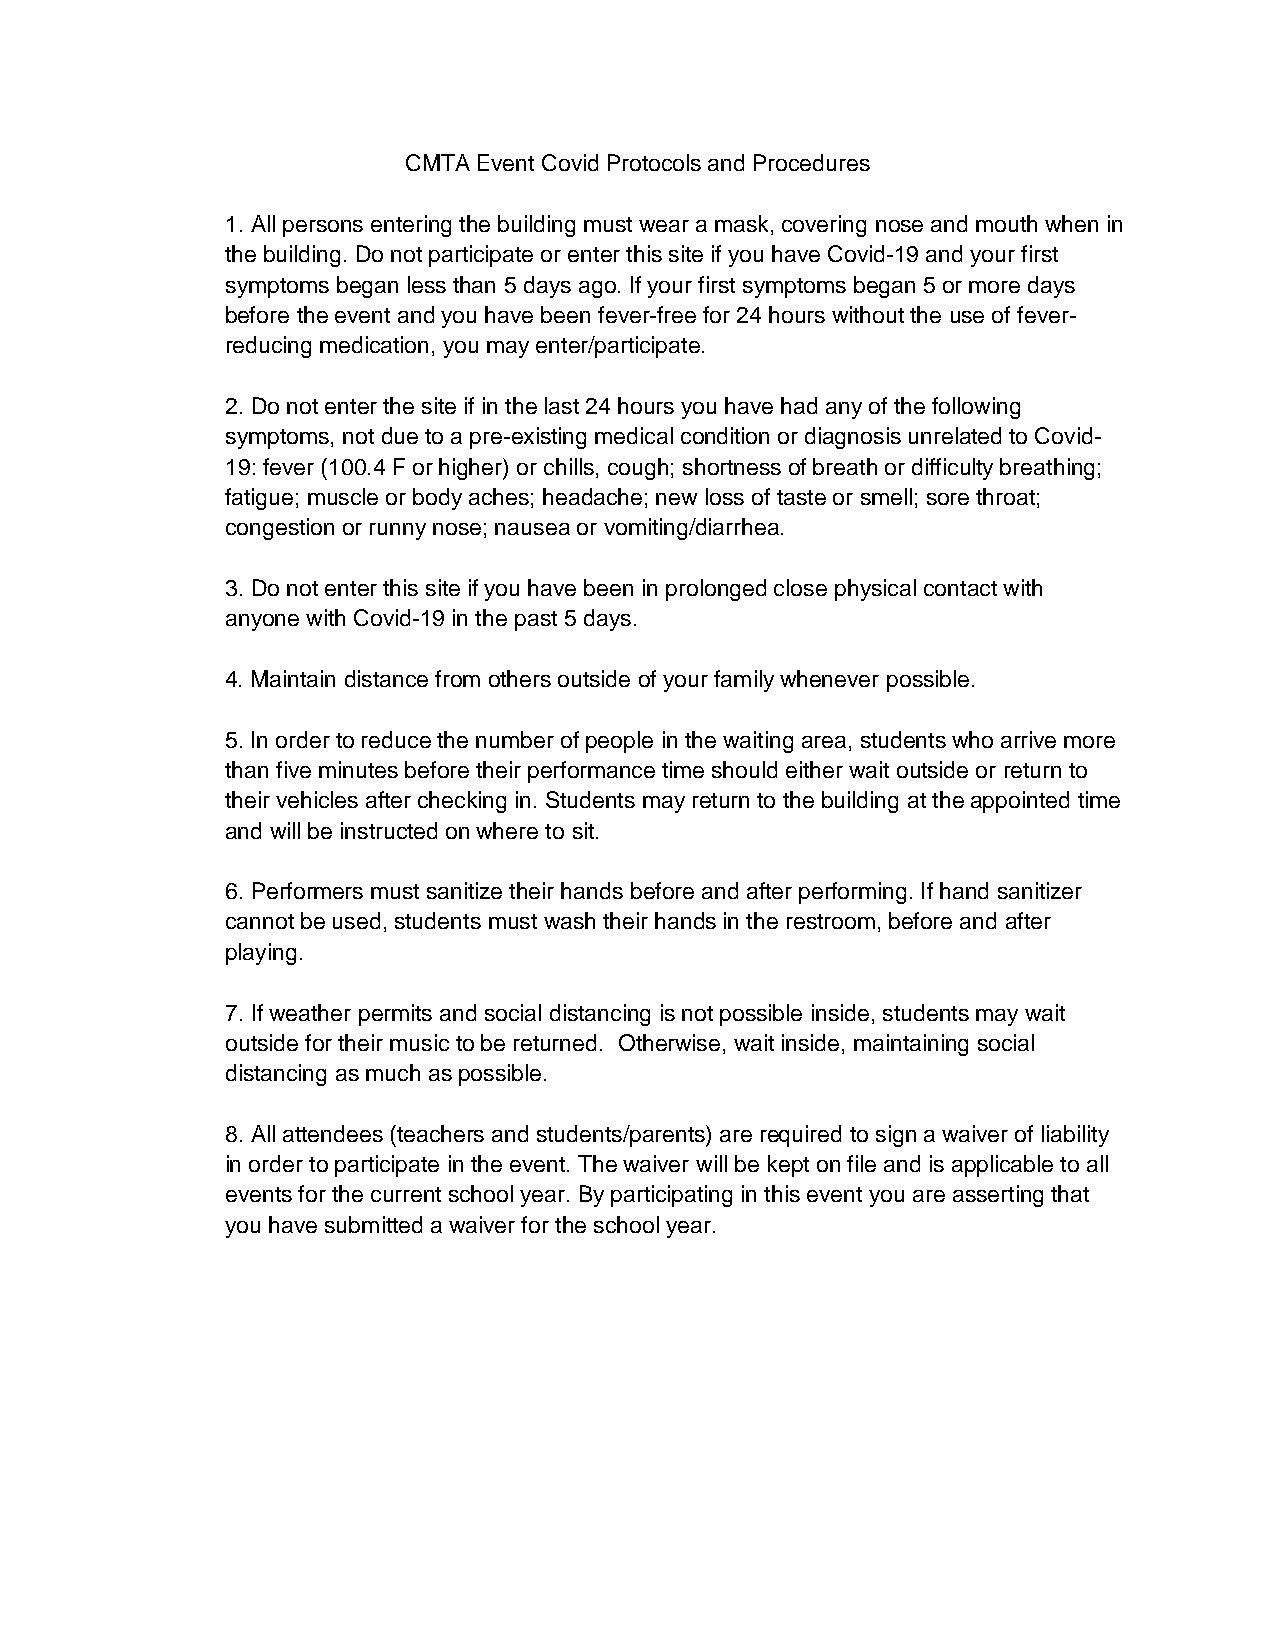
CMTA Event Covid Protocols and Procedures
 1. All persons entering the building must wear a mask, covering nose and mouth when in
 the building. Do not participate or enter this site if you have Covid-19 and your first
 symptoms began less than 5 days ago. If your first symptoms began 5 or more days
 before the event and you have been fever-free for 24 hours without the use of fever-
 reducing medication, you may enter/participate.
 2. Do not enter the site if in the last 24 hours you have had any of the following
 symptoms, not due to a pre-existing medical condition or diagnosis unrelated to Covid-
 19: fever (100.4 F or higher) or chills, cough; shortness of breath or difficulty breathing;
 fatigue; muscle or body aches; headache; new loss of taste or smell; sore throat;
 congestion or runny nose; nausea or vomiting/diarrhea.
 3. Do not enter this site if you have been in prolonged close physical contact with
 anyone with Covid-19 in the past 5 days.
 4. Maintain distance from others outside of your family whenever possible.
 5. In order to reduce the number of people in the waiting area, students who arrive more
 than five minutes before their performance time should either wait outside or return to
 their vehicles after checking in. Students may return to the building at the appointed time
 and will be instructed on where to sit.
 6. Performers must sanitize their hands before and after performing. If hand sanitizer
 cannot be used, students must wash their hands in the restroom, before and after
 playing.
 7. If weather permits and social distancing is not possible inside, students may wait
 outside for their music to be returned. Otherwise, wait inside, maintaining social
 distancing as much as possible.
 8. All attendees (teachers and students/parents) are required to sign a waiver of liability
 in order to participate in the event. The waiver will be kept on file and is applicable to all
 events for the current school year. By participating in this event you are asserting that
 you have submitted a waiver for the school year.